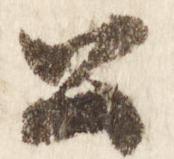
公